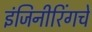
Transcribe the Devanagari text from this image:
इंजिनीरिंगचे